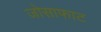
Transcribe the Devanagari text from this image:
जोसाफाट